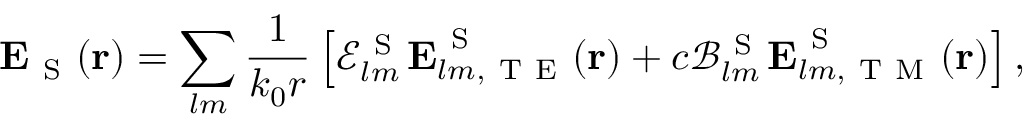
\boldsymbol { \mathbf { E } } _ { \mathrm { ~ S ~ } } ( \boldsymbol { \mathbf { r } } ) = \sum _ { l m } \frac { 1 } { k _ { 0 } r } \left[ \mathcal { E } _ { l m } ^ { \mathrm { ~ S ~ } } \boldsymbol { \mathbf { E } } _ { l m , \mathrm { ~ T ~ E ~ } } ^ { \mathrm { ~ S ~ } } ( \boldsymbol { \mathbf { r } } ) + c \mathcal { B } _ { l m } ^ { \mathrm { ~ S ~ } } \boldsymbol { \mathbf { E } } _ { l m , \mathrm { ~ T ~ M ~ } } ^ { \mathrm { ~ S ~ } } ( \boldsymbol { \mathbf { r } } ) \right] ,